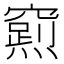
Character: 𮄛